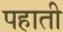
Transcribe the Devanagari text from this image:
पहाती